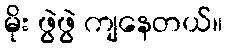
မိုး ဖွဲဖွဲ ကျနေတယ်။